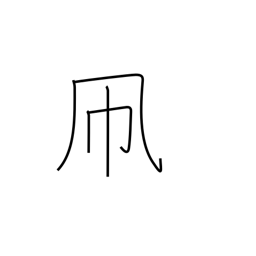
Meaning: kite